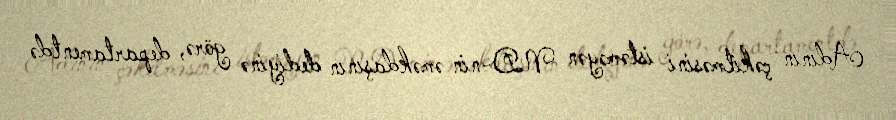
Adının çəkilməsini istəməyən ND-nin əməkdaşının dediyinə görə, departamentdə